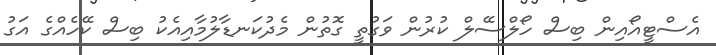
އެސްޓީއޯއިން ބިސް ހޯލްސޭލް ކުރުން ވަގުތީ ގޮތުން މެދުކަނޑާލުމާއިއެކު ބިސް ކޭހެއްގެ އަގު